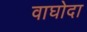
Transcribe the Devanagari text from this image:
वाघोदा